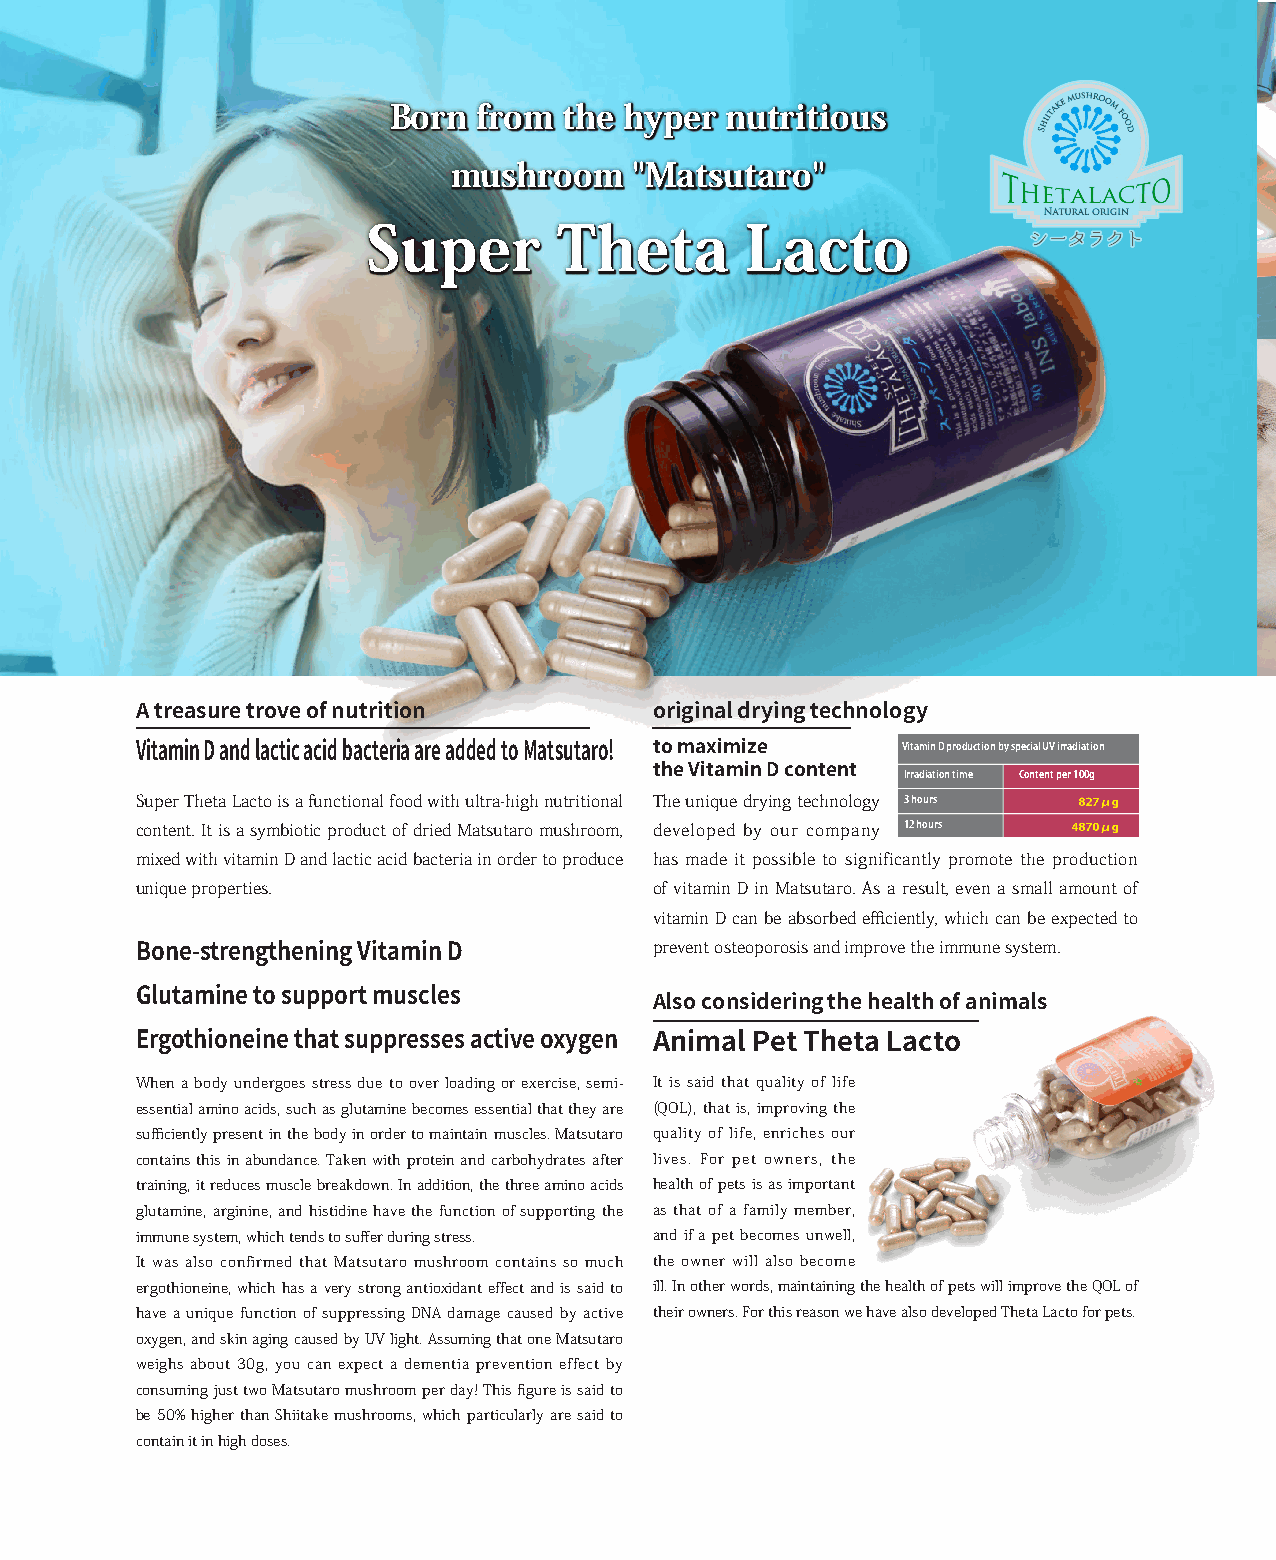
Born  from the hyper  nutritious
 mushroom    "Matsutaro"
 Super        Theta       Lacto
 A treasure trove of nutrition     original drying technology
 Vitamin D production by special UV irradiation
 to maximize
 Vitamin D and lactic acid bacteria are added to Matsutaro!
 the Vitamin D content Irradiation time Content per 100g
 Super Theta Lacto is a functional food with ultra-high nutritional The unique drying technology 3 hours
 content. It is a symbiotic product of dried Matsutaro mushroom, developed by our company 12 hours
 GABA (γ-aminobutyric acid)
 mixed with vitamin D and lactic acid bacteria in order to produce has made it possible to significantly promote the production
 unique properties.                of vitamin D in Matsutaro. As a result, even a small amount of
 vitamin D can be absorbed efficiently, which can be expected to
 prevent osteoporosis and improve the immune system.
 Bone-strengthening Vitamin D
 Glutamine to support muscles      Also considering the health of animals
 Ergothioneine that suppresses active oxygen Animal Pet Theta Lacto
 When a body undergoes stress due to over loading or exercise, semi- It is said that quality of life
 essential amino acids, such as glutamine becomes essential that they are (QOL), that is, improving the
 sufficiently present in the body in order to maintain muscles. Matsutaro quality of life, enriches our
 contains this in abundance. Taken with protein and carbohydrates after lives. For pet owners, the
 training, it reduces muscle breakdown. In addition, the three amino acids health of pets is as important
 glutamine, arginine, and histidine have the function of supporting the as that of a family member,
 immune system, which tends to suffer during stress. and if a pet becomes unwell,
 It was also confirmed that Matsutaro mushroom contains so much the owner will also become
 ergothioneine, which has a very strong antioxidant effect and is said to ill. In other words, maintaining the health of pets will improve the QOL of
 have a unique function of suppressing DNA damage caused by active their owners. For this reason we have also developed Theta Lacto for pets.
 oxygen, and skin aging caused by UV light. Assuming that one Matsutaro
 weighs about 30g, you can expect a dementia prevention effect by
 consuming just two Matsutaro mushroom per day! This figure is said to
 be 50% higher than Shiitake mushrooms, which particularly are said to
 contain it in high doses.